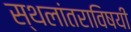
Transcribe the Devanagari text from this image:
स्थलांतराविषयी